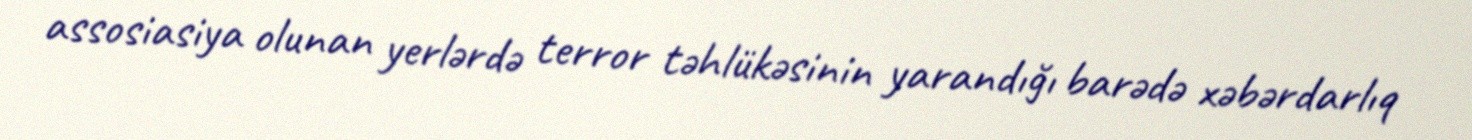
assosiasiya olunan yerlərdə terror təhlükəsinin yarandığı barədə xəbərdarlıq